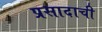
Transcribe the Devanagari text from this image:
प्रसादाची